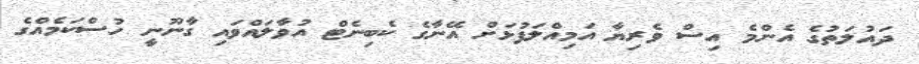
ދައުލަތުގެ އެންމެ އިސް ވެރިޔާ އަމިއްލަފުޅަށް އޭނާގެ ކެބިނެޓް އުވާލައްވައި ގާނޫނީ ހުސްކަމެއްގެ